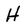
Character: H